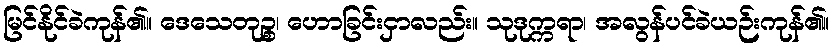
မြင်နိုင်ခဲကုန်၏။ ဒေသေတုဉ္စ၊ ဟောခြင်းငှာလည်း။ သုဒုက္ကရာ၊ အလွန်ပင်ခဲယဉ်းကုန်၏။